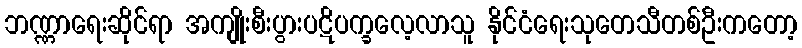
ဘဏ္ဏာရေးဆိုင်ရာ အကျိုးစီးပွားပဋိပက္ခလေ့လာသူ နိုင်ငံရေးသုတေသီတစ်ဦးကတော့